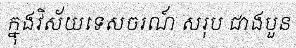
ក្នុងវិស័យទេសចរណ៍ សរុប ជាងបួន